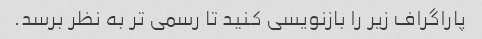
پاراگراف زیر را بازنویسی کنید تا رسمی تر به نظر برسد.